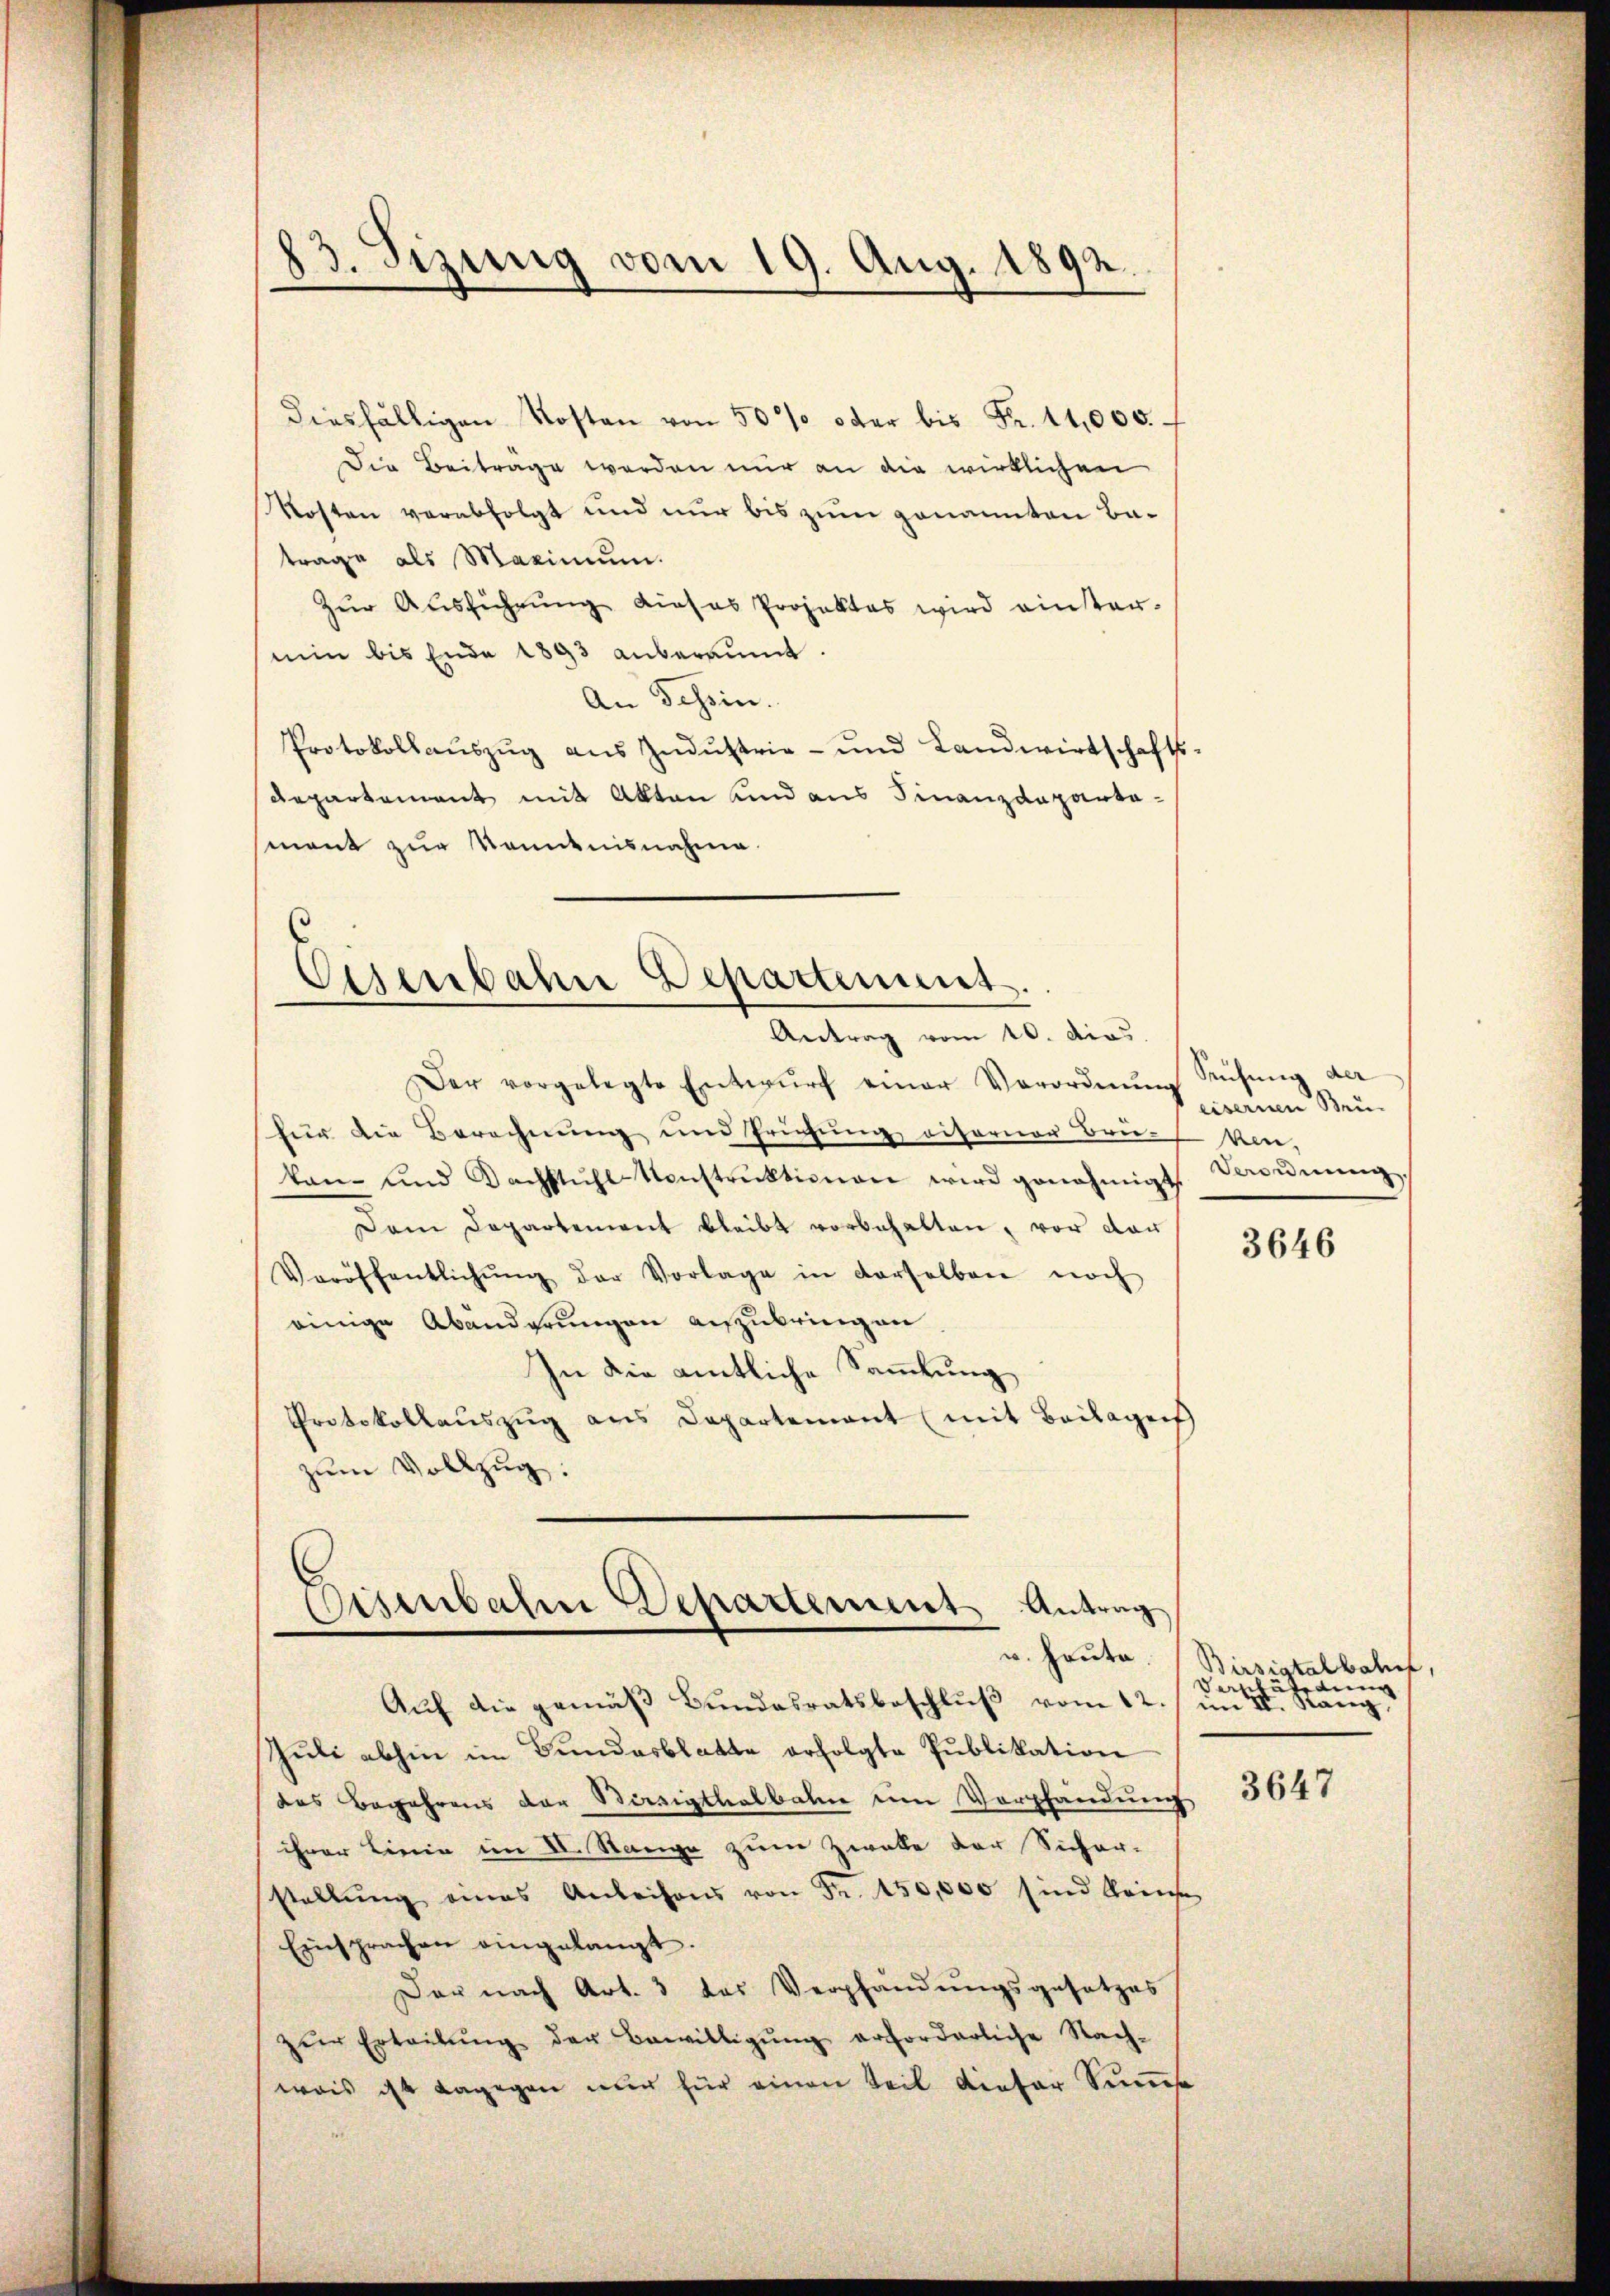
23. Sizung vom 19. Aug. 1892.

diesfälligen Kosten von 50% oder bis Fr. 11,000.
Die Beiträge werden nur an die wirklichen
Kosten verabfolgt und nur bis zum genannten Batrage als Maximum.
Zur Ausführung dieses Projektes wird eintermin bis Ende 1893 anberaumt.
An Tessin.
Protokollaŭszŭg aŭs Indŭstrie- und Landwirtschafts-
departement mit Akten und aus Finanzdeparta-
sment zur Kenntnisnahme.

Eisenbahre Departement.
Antrag vom 10. dies

Der vorgelegte Entwŭrf einer Verordnŭng Rüfŭng der
für die Berechnung und Prüfung eiferner Bruch ken-
kan- und Dachstŭhl-Konstrŭktionen wird genehmigt. Verordnŭng,
Dam Departement bleibt vorbehalten, vor der
Veröffentlichŭng der Vorlage in derselben noch
einige Abänderungen aufzubringen
In die amtliche Sammlung
Protokollaŭszŭg ans Departement (mit Beilagen
zum Vollzug:

Eisenbahre Departement Antrag

Auf die gemäß Bundesratsbeschlŭβ vom 12. um II. Stang
Juli abhin im Bundesblatte erfolgte Publikation
des Begehrens der Savigthalbahne im Verpfändung
ihrer Linie im II. Stange zum Zwalle der Sicher-
stellŭng eines Anleihens von Fr. 450,000 sind keine
Einsprachen eingelangt.
Der nach Art. 3 das Verpfändungsgesetzes
zŭr Erteilŭng der Bewilligŭng erforderliche Nach-
wais ist dagegen nur für einen Teil dieser Summe

eisernen Brü-

3646

u. Heute. (Birsigtalbahref
Vantätigung

3647